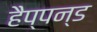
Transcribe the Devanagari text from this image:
हैप्पन्ड